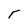
Character: T